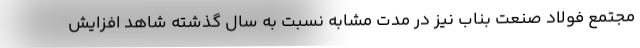
مجتمع فولاد صنعت بناب نیز در مدت مشابه نسبت به سال گذشته شاهد افزایش